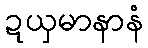
ဍယှမာနာနံ